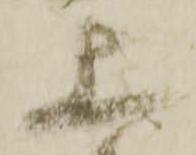
上